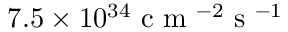
7 . 5 \times 1 0 ^ { 3 4 } \mathrm { ~ c ~ m ~ } ^ { - 2 } \mathrm { ~ s ~ } ^ { - 1 }